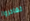
تغادروا